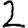
Digit: 2